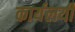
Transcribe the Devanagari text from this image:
कार्यलयी